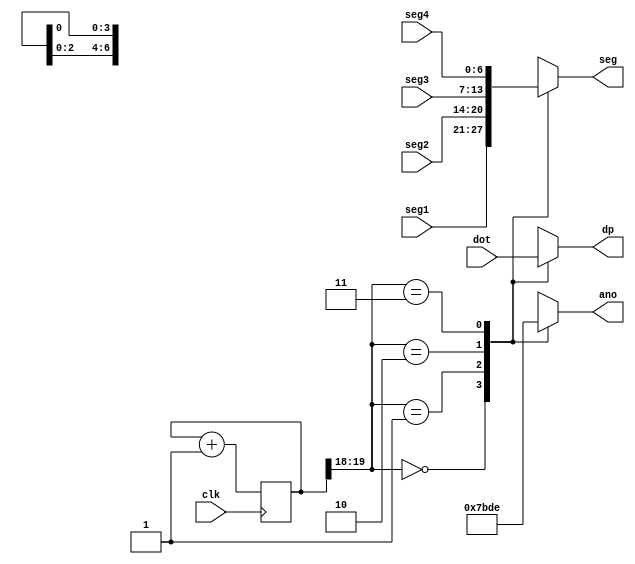
`timescale 1ns / 1ps
//////////////////////////////////////////////////////////////////////////////////
// Company: 
// Engineer: 
// 
// Design Name: 
// Module Name: display
// Project Name: 
// Target Devices: 
// Tool Versions: 
// Description: 
// 
// Dependencies: 
// 
// Revision:
// Revision 0.01 - File Created
// Additional Comments:
// 
//////////////////////////////////////////////////////////////////////////////////


module display(
    input clk, 
    input [3:0] dot,
    input [6:0] seg1,
    input [6:0] seg2,
    input [6:0] seg3,
    input [6:0] seg4,
    output reg [6:0] seg,
    output reg [3:0] ano,
    output reg dp
    );
    wire [1:0] led_actived_counter;
    reg [19:0] refresh_counter;
    always @ (posedge clk) begin
        refresh_counter <= refresh_counter + 1;
    end
    assign led_actived_counter = refresh_counter[19:18];
    always @ (*) begin
        case (led_actived_counter)
            2'b00 : begin // Deactive LED2, LED3, LED4
                    ano = 4'b0111;
                    seg = seg1;
                    dp <= dot[3];
                end
            2'b01 : begin // Deactive LED1, LED3, LED4
                    ano = 4'b1011;
                    seg = seg2;
                    dp <= dot[2];
                end
            2'b10 : begin
                    ano = 4'b1101; // Deactive LED1, LED2, LED4
                    seg = seg3;
                    dp <= dot[1];
                end
            2'b11 : begin
                    ano = 4'b1110; // Deactive LED1, LED2, LED3
                    seg = seg4;
                    dp <= dot[0];
                end
        endcase
    end
endmodule